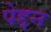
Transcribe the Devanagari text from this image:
पेद्दन